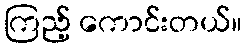
ကြည့် ကောင်းတယ်။